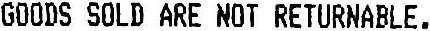
GOODS SOLD ARE NOT RETURNABLE.